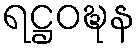
ရဋ္ဌဝဍ္ဎန